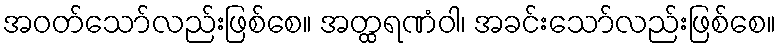
အဝတ်သော်လည်းဖြစ်စေ။ အတ္ထရဏံဝါ၊ အခင်းသော်လည်းဖြစ်စေ။